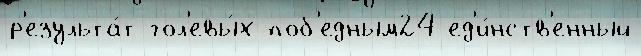
р'езульта́т гол'евы́х поб'едным24 ед'и́нств'енный